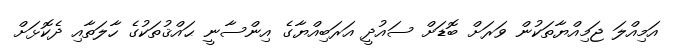
އަމިއްލަ ޖަމިއްޔާތަކުން ވަރަށް ބޮޑަށް ސައުދީ އަރަބިއްޔާގެ އިންސާނީ ޙައްޤުތަކުގެ ހާލަތާއި ދެކޮޅަށް